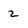
Character: 2